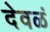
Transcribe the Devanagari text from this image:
देवळं